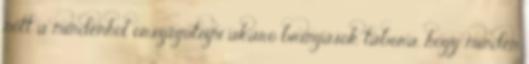
nőtt a mindenhol országútizni akaró bringások tábora, hogy minden